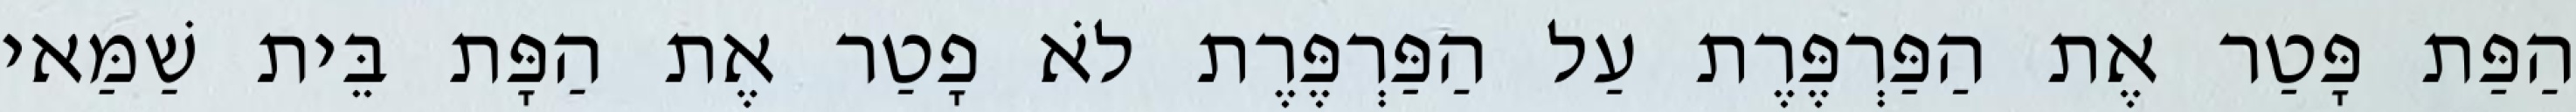
הַפַּת פָּטַר אֶת הַפַּרְפֶּרֶת עַל הַפַּרְפֶּרֶת לֹא פָטַר אֶת הַפָּת בֵּית שַׁמַּאי